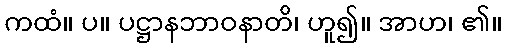
ကထံ။ ပ။ ပဋ္ဌာနဘာဝနာတိ၊ ဟူ၍။ အာဟ၊ ၏။